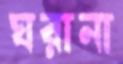
ঘরানা